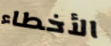
الأخطاء